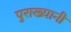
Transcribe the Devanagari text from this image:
पुराख्यानी